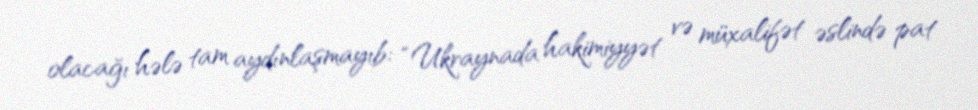
olacağı hələ tam aydınlaşmayıb: “Ukraynada hakimiyyət və müxalifət əslində pat